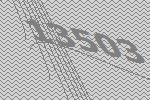
13503